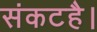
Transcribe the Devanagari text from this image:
संकटहै।